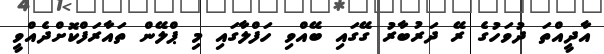
އާދީއްތަ ދުވަހުގެ ރޭ ދަރުބާރު ގޭގައި ބޭއްވި ހަފްލާގައި މި ޕްލޭން ތައާރަފްކޮށްދެއްވީ